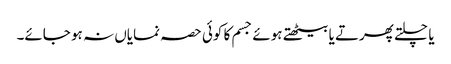
یا چلتے پھرتے یا بیٹھتے ہوئے جسم کا کوئی حصہ نمایاں نہ ہو جائے۔